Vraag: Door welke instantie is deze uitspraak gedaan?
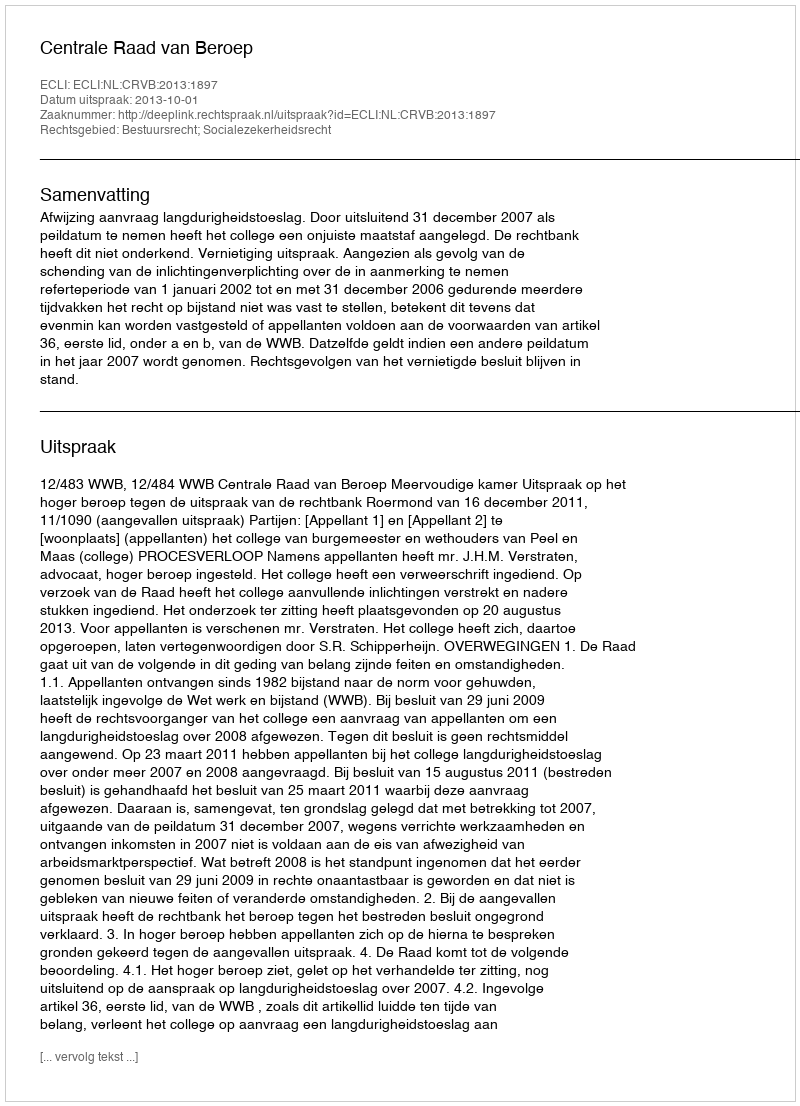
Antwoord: Centrale Raad van Beroep